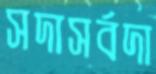
সদাসর্বদা